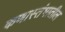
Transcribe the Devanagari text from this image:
कणास्तंभातील